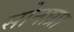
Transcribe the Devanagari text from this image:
सोनाग्रा